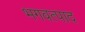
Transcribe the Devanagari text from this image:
भगवत्पाद